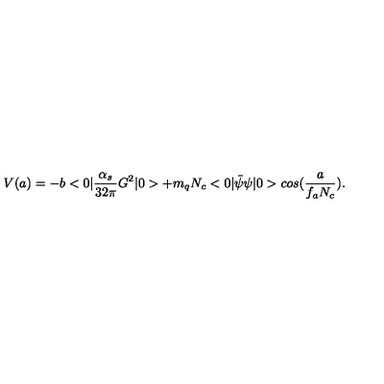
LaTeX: V ( a ) = - b < 0 | { \frac { \alpha _ { s } } { 3 2 \pi } } G ^ { 2 } | 0 > + m _ { q } N _ { c } < 0 | \bar { \psi } \psi | 0 > c o s ( { \frac { a } { f _ { a } N _ { c } } } ) .